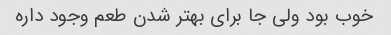
خوب بود ولی جا برای بهتر شدن طعم وجود داره